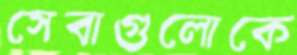
সেবাগুলোকে